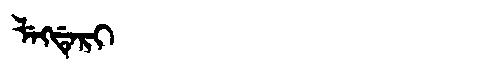
Manchu: ᠯᡝᡴᡩᡝᡵᡳ
Romanization: LEKDERI